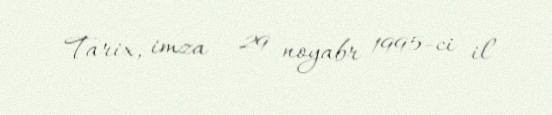
Tarix, imza — 29 noyabr 1995-ci il